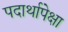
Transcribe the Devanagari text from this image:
पदार्थापेक्षा